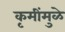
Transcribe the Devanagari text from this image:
कृमींमुळे